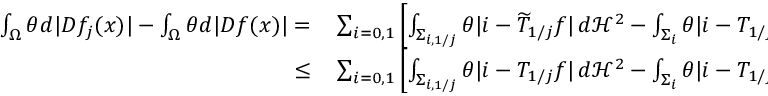
\begin{array} { r l } { \int _ { \Omega } \theta d | D f _ { j } ( x ) | - \int _ { \Omega } \theta d | D f ( x ) | = } & { { } \sum _ { i = 0 , 1 } \left[ \int _ { \Sigma _ { i , 1 / j } } \theta | i - \widetilde { T } _ { 1 / j } f | \, d \mathcal H ^ { 2 } - \int _ { \Sigma _ { i } } \theta | i - T _ { 1 / j } f | \, d \mathcal H ^ { 2 } - \int _ { U _ { i , 1 / j } } \theta d | D f ( x ) | \right] } \\ { \leq } & { { } \sum _ { i = 0 , 1 } \left[ \int _ { \Sigma _ { i , 1 / j } } \theta | i - T _ { 1 / j } f | \, d \mathcal H ^ { 2 } - \int _ { \Sigma _ { i } } \theta | i - T _ { 1 / j } f | \, d \mathcal H ^ { 2 } - \int _ { U _ { i , 1 / j } } \theta d | D f ( x ) | \right] . } \end{array}